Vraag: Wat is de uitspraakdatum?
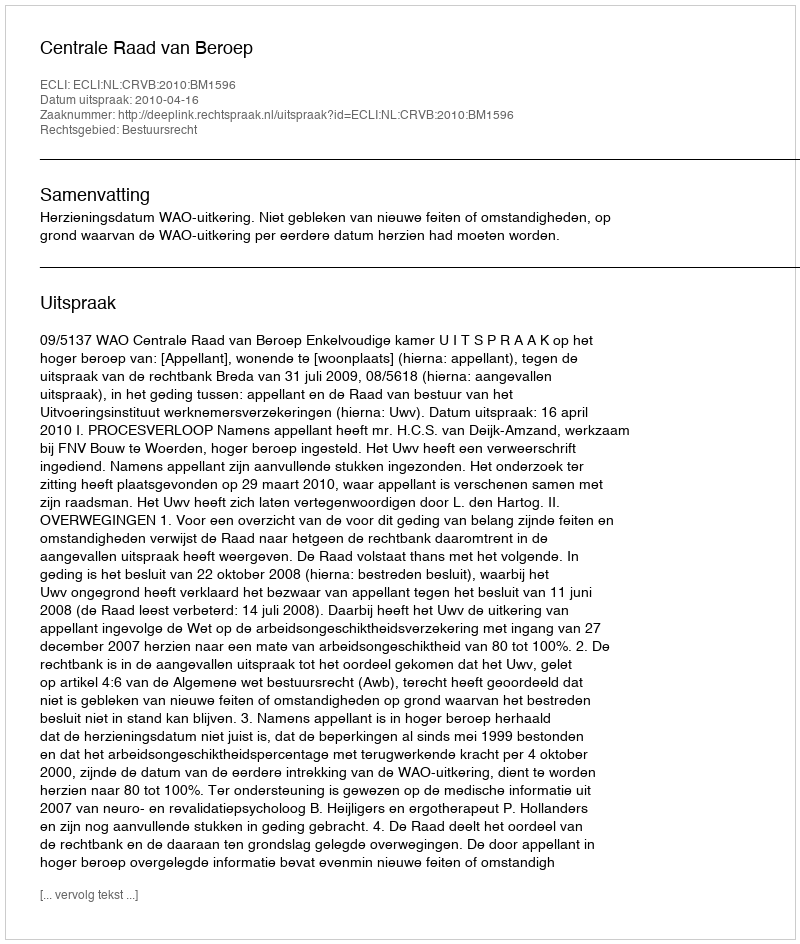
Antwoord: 2010-04-16